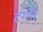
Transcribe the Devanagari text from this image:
टंगन